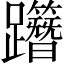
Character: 𨇸